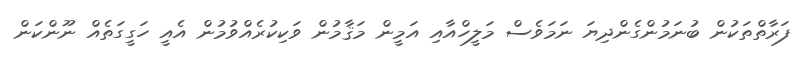
ފަރާތްތަކުން ބުނަމުންގެންދިޔަ ނަމަވެސް މަލީހްއާއި އަމީން މަޤާމުން ވަކިކުރެއްވުމުން އެއީ ހަގީގަތެއް ނޫންކަން